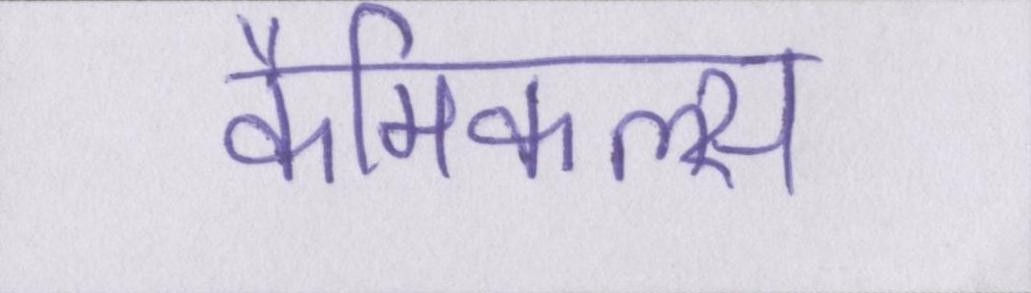
कैमिकल्स